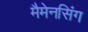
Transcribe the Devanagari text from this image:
मैमेनसिंग